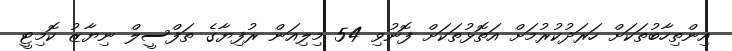
އިންތިހާބުތަކަށް ހަރަދުކުރުމަށް އަތޮޅުތަކަށް ފޮނުވި 54 މިލިއަން ރުފިޔާގެ ތަފްސީލް ނިޔާޒު ކޮމިޓީ